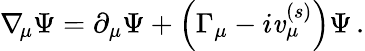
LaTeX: \nabla_{\! \mu}\Psi=\partial_{\mu}\Psi+\left(\Gamma_{\mu}-i\mathit{v}_{\mu}^{(s)}\right)\Psi\, .